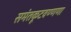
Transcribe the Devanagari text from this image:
समंतकूटवण्णणा